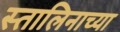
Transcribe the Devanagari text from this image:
स्तालिनाच्या